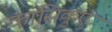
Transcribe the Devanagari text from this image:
कासिकुए